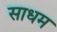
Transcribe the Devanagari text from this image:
साधम